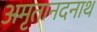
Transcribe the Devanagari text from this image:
अमृतानदनाथ